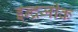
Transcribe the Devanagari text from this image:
इन्द्रजीक